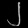
Digit: ၂